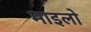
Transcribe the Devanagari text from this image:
माइलो